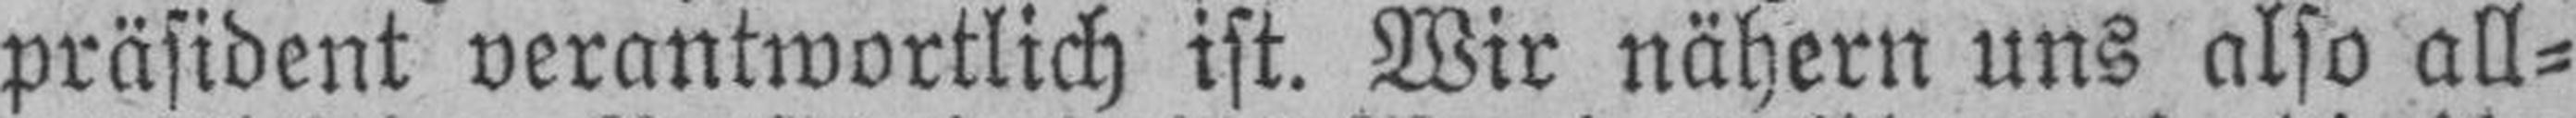
präsident verantwortlich ist. Wir nähern uns also all¬